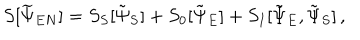
LaTeX: S [ \widetilde { \Psi } _ { E N } ] = S _ { S } [ \tilde { \Psi } _ { S } ] + S _ { 0 } [ \tilde { \Psi } _ { E } ] + S _ { I } [ \tilde { \Psi } _ { E } , \tilde { \Psi } _ { S } ] \, ,